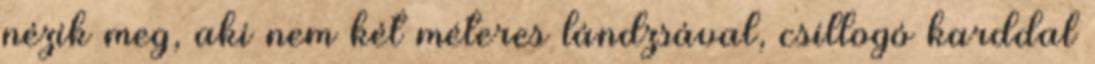
nézik meg, aki nem két méteres lándzsával, csillogó karddal